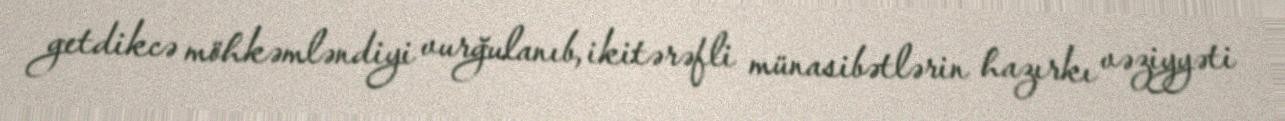
getdikcə möhkəmləndiyi vurğulanıb, ikitərəfli münasibətlərin hazırkı vəziyyəti